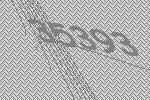
35393